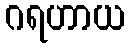
ဂရဟာယ